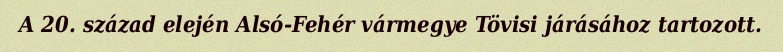
A 20. század elején Alsó-Fehér vármegye Tövisi járásához tartozott.